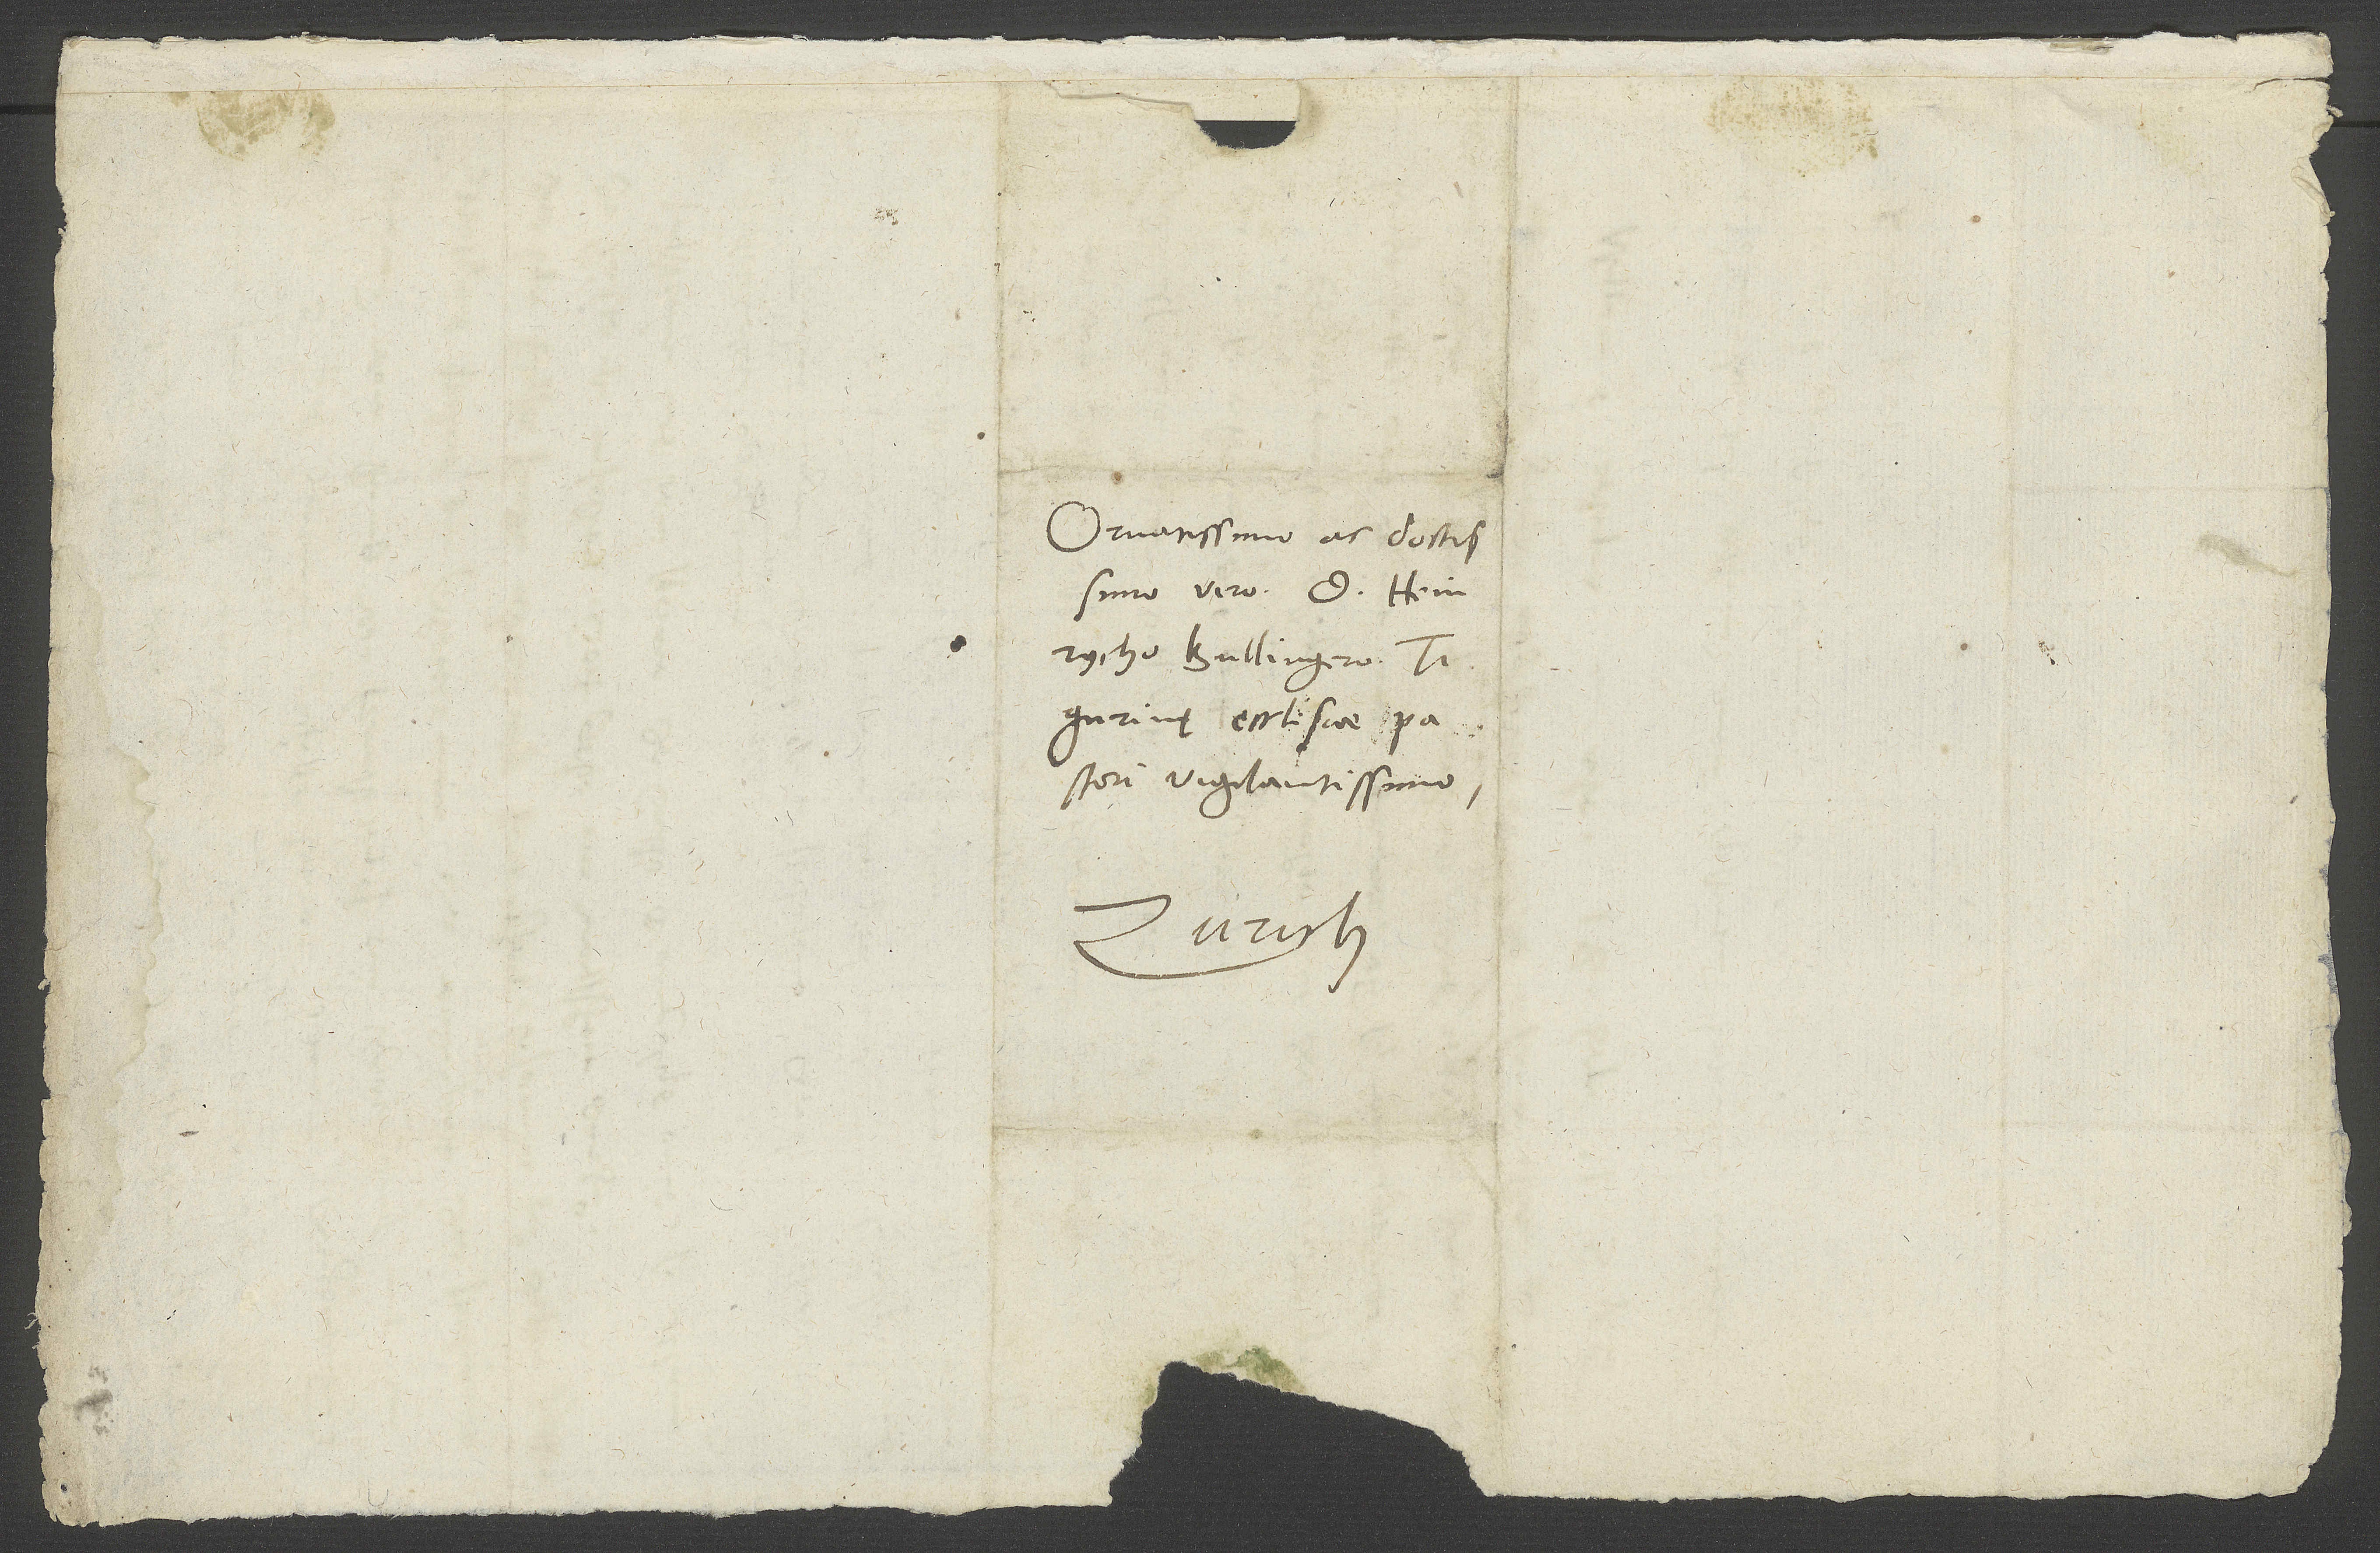
Ornatissimo ac doctissimo
viro d. Heinrycho
Bullingero,
Tigurinę ecclesiae pastori
vigilantissimo.
Zurich.